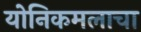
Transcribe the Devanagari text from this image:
योनिकमलाचा